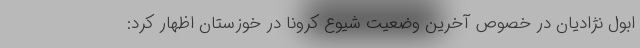
ابول نژادیان در خصوص آخرین وضعیت شیوع کرونا در خوزستان اظهار کرد: